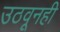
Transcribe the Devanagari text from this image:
उठवूनही